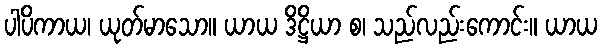
ပါပိကာယ၊ ယုတ်မာသော။ ယာယ ဒိဋ္ဌိယာ စ၊ သည်လည်းကောင်း။ ယာယ